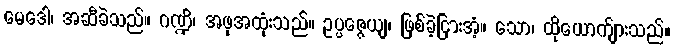
မေဒေါ၊ အဆီခဲသည်။ ဂဏ္ဍိ၊ အဖုအထုံးသည်။ ဥပ္ပဇ္ဇေယျ၊ ဖြစ်ခဲ့ငြားအံ့။ သော၊ ထိုယောက်ျားသည်။